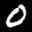
Label: 0